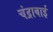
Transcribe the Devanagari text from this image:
चंद्राबाई